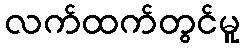
လက်ထက်တွင်မူ